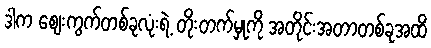
ဒါက စျေးကွက်တစ်ခုလုံးရဲ့ တိုးတက်မှုကို အတိုင်းအတာတစ်ခုအထိ